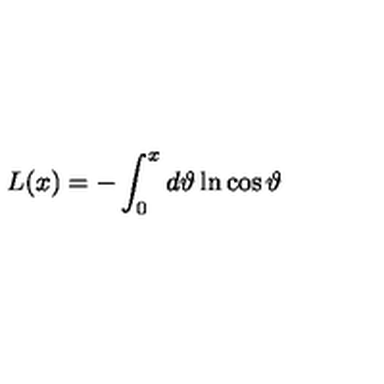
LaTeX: L ( x ) = - \int _ { 0 } ^ { x } d \vartheta \ln \cos \vartheta